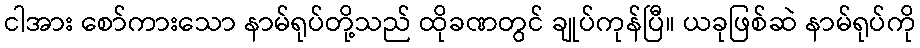
ငါအား စော်ကားသော နာမ်ရုပ်တို့သည် ထိုခဏတွင် ချုပ်ကုန်ပြီ။ ယခုဖြစ်ဆဲ နာမ်ရုပ်ကို